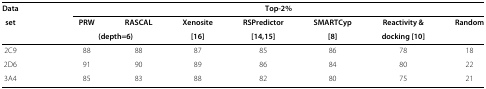
<table><thead><tr><td><b>Data</b></td><td><b> </b></td><td colspan="7"><b>Top-2%</b></td></tr><tr><td><b>set</b></td><td><b> </b></td><td><b>PRW</b></td><td><b>RASCAL</b></td><td><b>Xenosite</b></td><td><b>RSPredictor</b></td><td><b>SMARTCyp</b></td><td><b>Reactivity &amp;</b></td><td><b>Random</b></td></tr><tr><td><b> </b></td><td><b> </b></td><td colspan="2"><b>(depth=6)</b></td><td><b>[16]</b></td><td><b>[14],[15]</b></td><td><b>[8]</b></td><td><b>docking [10]</b></td><td><b> </b></td></tr></thead><tbody><tr><td>2C9</td><td> </td><td>88</td><td>88</td><td>87</td><td>85</td><td>86</td><td>78</td><td>18</td></tr><tr><td>2D6</td><td> </td><td>91</td><td>90</td><td>89</td><td>86</td><td>84</td><td>80</td><td>22</td></tr><tr><td>3A4</td><td> </td><td>85</td><td>83</td><td>88</td><td>82</td><td>80</td><td>75</td><td>21</td></tr></tbody></table>